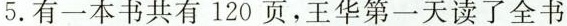
5.有一本书共有120页，王华第一天读了全书